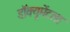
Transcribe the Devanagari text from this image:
डॉक्यूमेंटला